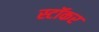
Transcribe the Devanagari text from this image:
स्टॉकर